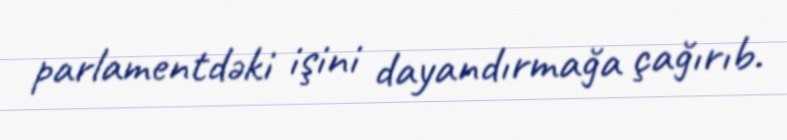
parlamentdəki işini dayandırmağa çağırıb.